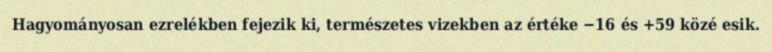
Hagyományosan ezrelékben fejezik ki, természetes vizekben az értéke −16 és +59 közé esik.